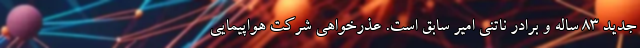
جدید ۸۳ ساله و برادر ناتنی امیر سابق است. عذرخواهی شرکت هواپیمایی